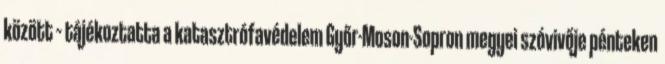
között – tájékoztatta a katasztrófavédelem Győr-Moson-Sopron megyei szóvivője pénteken